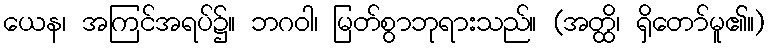
ယေန၊ အကြင်အရပ်၌။ ဘဂဝါ၊ မြတ်စွာဘုရားသည်။ (အတ္ထိ၊ ရှိတော်မူ၏။)